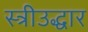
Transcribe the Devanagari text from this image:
स्त्रीउद्धार